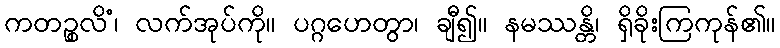
ကတဉ္စလိံ၊ လက်အုပ်ကို။ ပဂ္ဂဟေတွာ၊ ချီ၍။ နမဿန္တိ၊ ရှိခိုးကြကုန်၏။